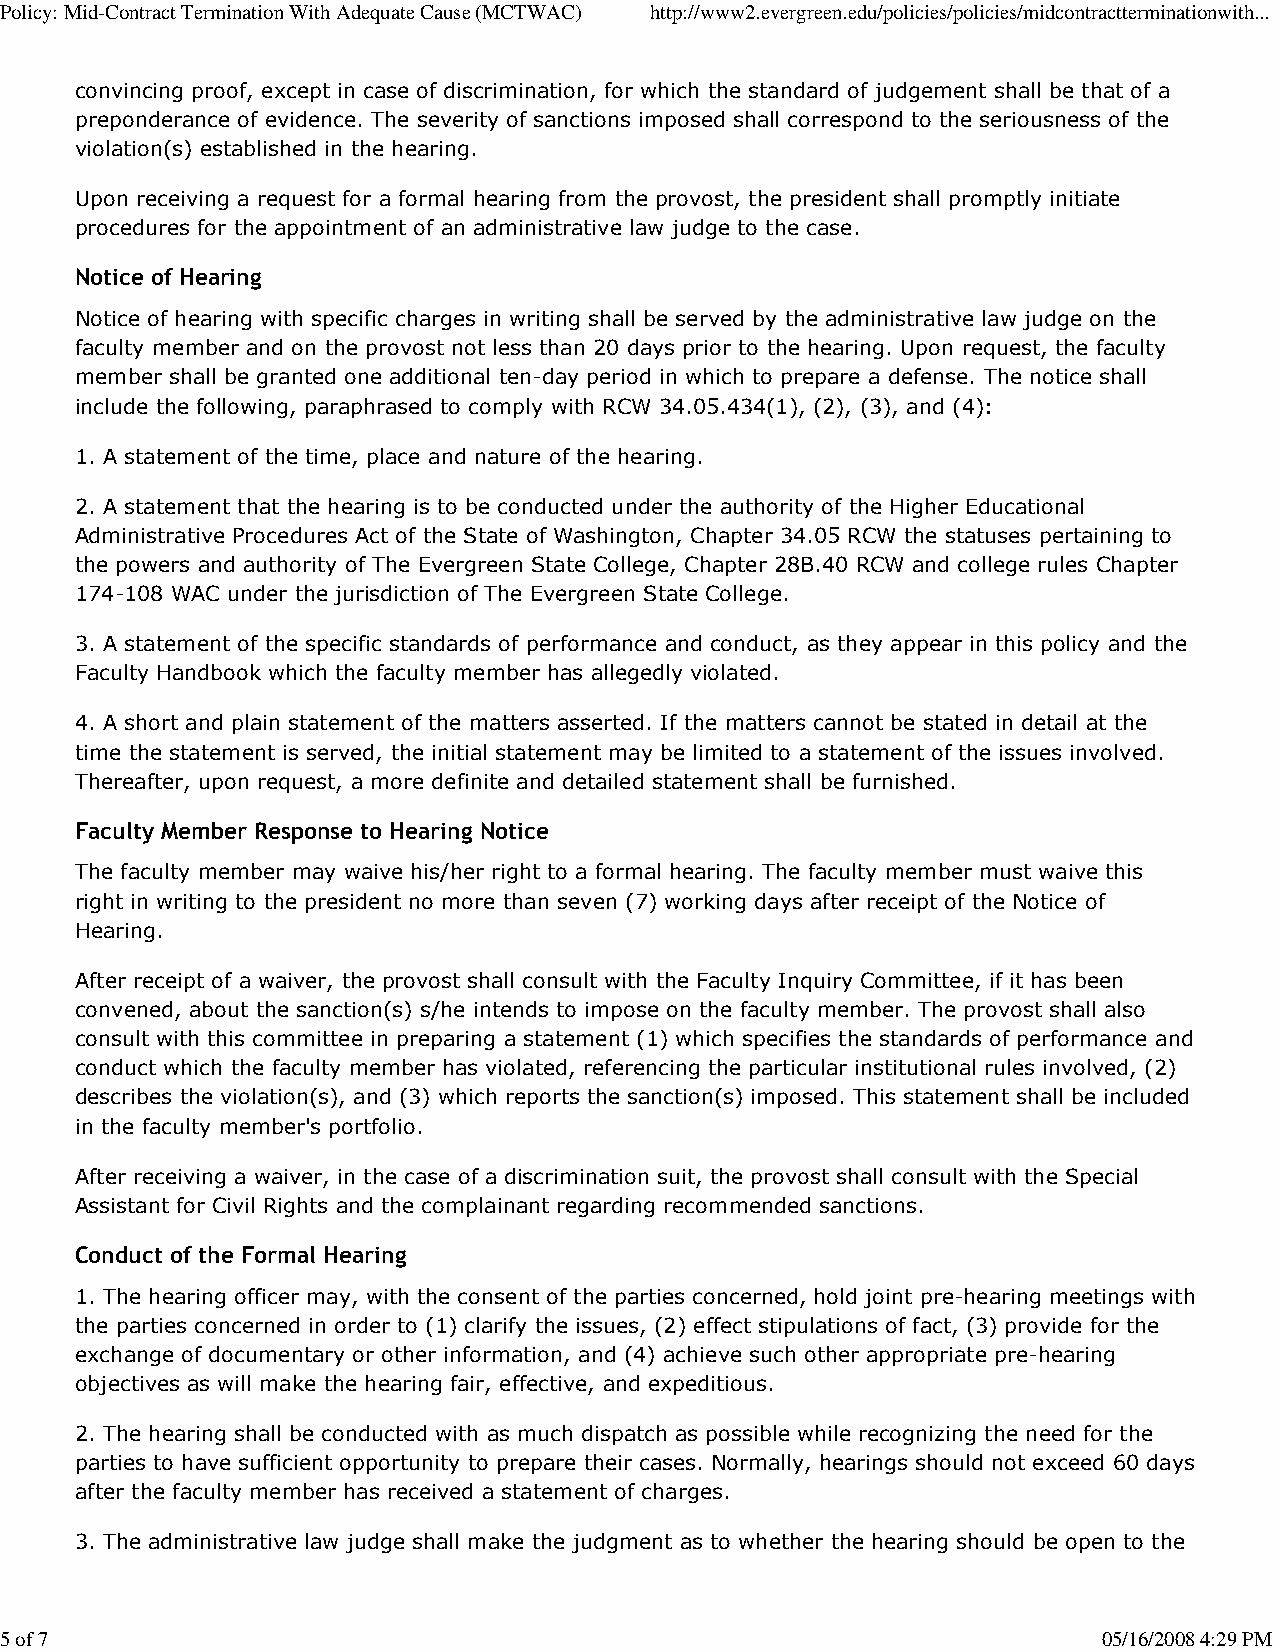
Policy: Mid-Contract Termination With Adequate Cause (MCTWAC) http://www2.evergreen.edu/policies/policies/midcontractterminationwith...
 convincing proof, except in case of discrimination, for which the standard of judgement shall be that of a
 preponderance of evidence. The severity of sanctions imposed shall correspond to the seriousness of the
 violation(s) established in the hearing.
 Upon receiving a request for a formal hearing from the provost, the president shall promptly initiate
 procedures for the appointment of an administrative law judge to the case.
 Notice of Hearing
 Notice of hearing with specific charges in writing shall be served by the administrative law judge on the
 faculty member and on the provost not less than 20 days prior to the hearing. Upon request, the faculty
 member shall be granted one additional ten-day period in which to prepare a defense. The notice shall
 include the following, paraphrased to comply with RCW 34.05.434(1), (2), (3), and (4):
 1. A statement of the time, place and nature of the hearing.
 2. A statement that the hearing is to be conducted under the authority of the Higher Educational
 Administrative Procedures Act of the State of Washington, Chapter 34.05 RCW the statuses pertaining to
 the powers and authority of The Evergreen State College, Chapter 28B.40 RCW and college rules Chapter
 174-108 WAC under the jurisdiction of The Evergreen State College.
 3. A statement of the specific standards of performance and conduct, as they appear in this policy and the
 Faculty Handbook which the faculty member has allegedly violated.
 4. A short and plain statement of the matters asserted. If the matters cannot be stated in detail at the
 time the statement is served, the initial statement may be limited to a statement of the issues involved.
 Thereafter, upon request, a more definite and detailed statement shall be furnished.
 Faculty Member Response to Hearing Notice
 The faculty member may waive his/her right to a formal hearing. The faculty member must waive this
 right in writing to the president no more than seven (7) working days after receipt of the Notice of
 Hearing.
 After receipt of a waiver, the provost shall consult with the Faculty Inquiry Committee, if it has been
 convened, about the sanction(s) s/he intends to impose on the faculty member. The provost shall also
 consult with this committee in preparing a statement (1) which specifies the standards of performance and
 conduct which the faculty member has violated, referencing the particular institutional rules involved, (2)
 describes the violation(s), and (3) which reports the sanction(s) imposed. This statement shall be included
 in the faculty member's portfolio.
 After receiving a waiver, in the case of a discrimination suit, the provost shall consult with the Special
 Assistant for Civil Rights and the complainant regarding recommended sanctions.
 Conduct of the Formal Hearing
 1. The hearing officer may, with the consent of the parties concerned, hold joint pre-hearing meetings with
 the parties concerned in order to (1) clarify the issues, (2) effect stipulations of fact, (3) provide for the
 exchange of documentary or other information, and (4) achieve such other appropriate pre-hearing
 objectives as will make the hearing fair, effective, and expeditious.
 2. The hearing shall be conducted with as much dispatch as possible while recognizing the need for the
 parties to have sufficient opportunity to prepare their cases. Normally, hearings should not exceed 60 days
 after the faculty member has received a statement of charges.
 3. The administrative law judge shall make the judgment as to whether the hearing should be open to the
 5 of 7                                                                   05/16/2008 4:29 PM